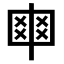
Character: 𠁴